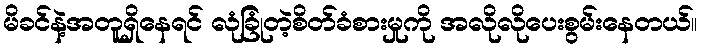
မိခင်နဲ့အတူရှိနေရင် လုံခြုံတဲ့စိတ်ခံစားမှုကို အလိုလိုပေးစွမ်းနေတယ်။